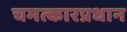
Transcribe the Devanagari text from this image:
चमत्कारप्रधान